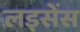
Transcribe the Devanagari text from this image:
लइसेंस